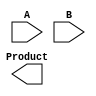
module WallaceTreeMultiplier #(
    parameter N = 4 // You can change N to the desired bit-width
) (
    input [N-1:0] A,  // First operand
    input [N-1:0] B,  // Second operand
    output reg [2*N-1:0] Product // Product (2*N bit wide)
);

    wire [N-1:0] pp [0:N-1]; // Partial products

    // Partial Product Generation
    genvar i, j;
    generate
        for (i = 0; i < N; i = i + 1) begin: partial_products
            assign pp[i] = A & {N{B[i]}}; // AND each bit of B with A
        end
    endgenerate

    // Stage 1 of Reduction
    wire [N:0] sum_stage1 [0:N/2-1];
    wire carry_stage1 [0:N/2-1];

    generate
        for (i = 0; i < N/2; i = i + 1) begin: stage1
            assign {carry_stage1[i], sum_stage1[i]} = pp[2*i] + pp[2*i + 1];
        end
    endgenerate

    // Stage 2 of Reduction
    wire [N+1:0] sum_stage2 [0:(N/2)/2-1];
    wire carry_stage2 [0:(N/2)/2-1];

    generate
        for (i = 0; i < (N/2)/2; i = i + 1) begin: stage2
            assign {carry_stage2[i], sum_stage2[i]} = sum_stage1[2*i] + (sum_stage1[2*i + 1] + carry_stage1[2*i]);
        end
    endgenerate

    // Stage 3 of Reduction
    wire [N+2:0] final_sum;
    wire final_carry;

    generate
        if (N == 4) begin : last_stage
            // Final addition for 4-bit multiplier
            assign {final_carry, final_sum} = sum_stage2[0] + sum_stage2[1] + carry_stage2[0];
        end else if (N == 8) begin : last_stage_large
            // Extend for larger multipliers if necessary
            assign {final_carry, final_sum} = sum_stage2[0] + sum_stage2[1] + carry_stage2[0];
        end
        // Additional cases can be added here for larger N
    endgenerate

    // Final product output
    always @(*) begin
        Product = {final_carry, final_sum} + pp[N-1]; // Combine the last partial product
    end

endmodule